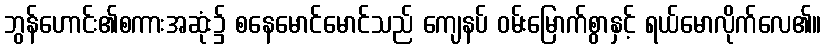
ဘွန်ဟောင်း၏စကားအဆုံး၌ စနေမောင်မောင်သည် ကျေနပ် ဝမ်းမြောက်စွာနှင့် ရယ်မောလိုက်လေ၏။